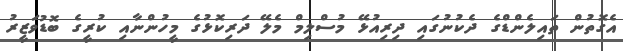
އެގޮތުން ތައިލެންޑްގެ ދެކުނުގައި ދިރިއުޅޭ މުސްލިމް މެލޭ ދަރިކޮޅުގެ މީހުންނާއި ކުރީގެ ބޮޑުވަޒީރު